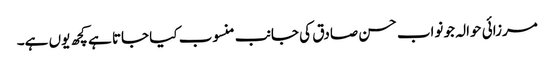
مرزائی حوالہ جو نواب حسن صادق کی جانب منسوب کیا جاتا ہے کچھ یوں ہے۔